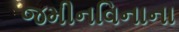
જમીનવિનાના